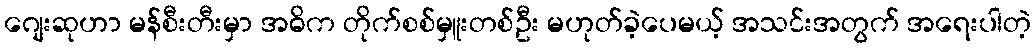
ဂျေးဆုဟာ မန်စီးတီးမှာ အဓိက တိုက်စစ်မှူးတစ်ဦး မဟုတ်ခဲ့ပေမယ့် အသင်းအတွက် အရေးပါတဲ့